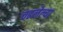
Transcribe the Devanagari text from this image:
चढलेल्या